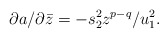
\begin{align*}\partial a/\partial\bar z =- s_2^2z^{p-q}/u_1^2.\end{align*}